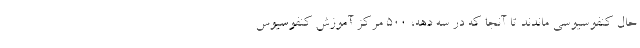
حال کنفوسیوسی ماندند تا آنجا که در سه دهه، 500 مرکز آموزشِ کنفوسیوس